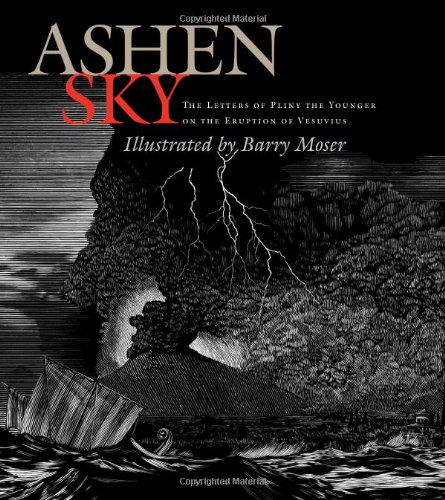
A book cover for Ashen Sky: The Letters of Pliny The Younger on the Eruption of Vesuvius; Pliny; Science & Math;